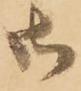
御